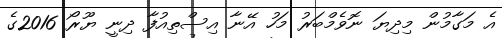
އެ މަގާމުން މިދިޔަ ނޮވެމްބަރު މަހު އޭނާ އިސްތިއުފާ ދިނީ ޔޫރޯ 2016ގެ